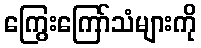
ကြွေးကြော်သံများကို